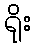
ရိုး